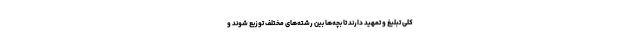
کلی تبلیغ و تمهید دارند تا بچه‌ها بین رشته‌های مختلف توزیع شوند و